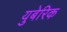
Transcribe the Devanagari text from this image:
युबेरिक